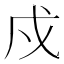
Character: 戍